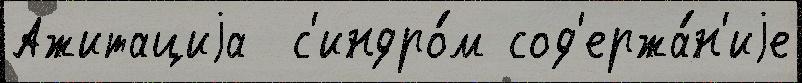
Ажитациjа  с'индро́м сод'ержа́н'иjе